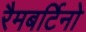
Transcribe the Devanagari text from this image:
रैमबर्टिनो